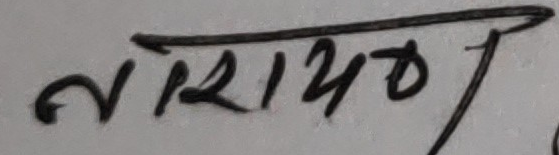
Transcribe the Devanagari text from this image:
नारायण